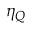
\eta _ { Q }